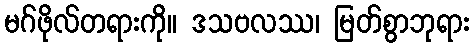
မဂ်ဖိုလ်တရားကို။ ဒသဗလဿ၊ မြတ်စွာဘုရား